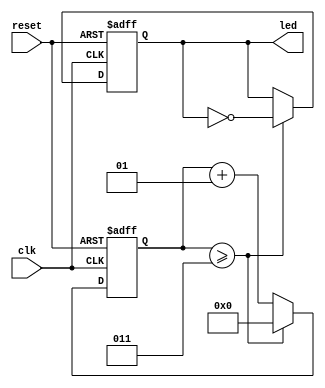
module flash(
    input clk,              // This expects our slowed down 2Hz clock
    input reset,            // Another reset..
    output reg [15:0] led = 0   // This is a 16 bit output for all 16 LEDs
    );
    
    integer flash_delay = 0;    // We will use this like the clock divider counter to slow down the 2Hz signal a bit
    always @(posedge clk, posedge reset) begin
        if (reset) begin
            flash_delay <= 0;   // Always make sure all values are reset in reset blocks
            led <= 0;
        end
        else begin
            if(flash_delay >= 3) begin  // Similar to the clock divider, the led is inverted at a slower rate
                flash_delay <= 0;       // thanks to the flash_delay
                led <= ~led;
            end
            else begin
                flash_delay <= flash_delay + 1;     // Again, don't forget this line
            end
        end
    end
endmodule